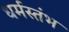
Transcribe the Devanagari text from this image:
धर्मस्तंभ